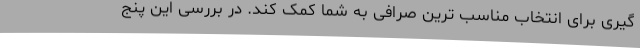
گیری برای انتخاب مناسب ترین صرافی به شما کمک کند. در بررسی این پنج